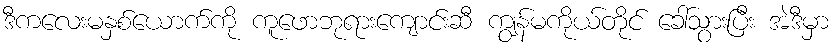
ဒီကလေးမနှစ်ယောက်ကို ကူဖောဘုရားကျောင်းဆီ ကျွန်မကိုယ်တိုင် ခေါ်သွားပြီး အဲဒီမှာ